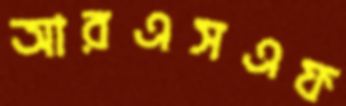
আরএসএফ